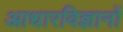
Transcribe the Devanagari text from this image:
आधारविज्ञानों